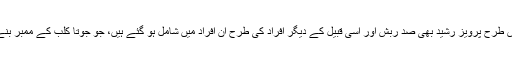
اس طرح پرویز رشید بھی صد ربش اور اسی قبیل کے دیگر افراد کی طرح اُن افراد میں شامل ہو گئے ہیں، جو جوتا کلب کے ممبر بنے۔